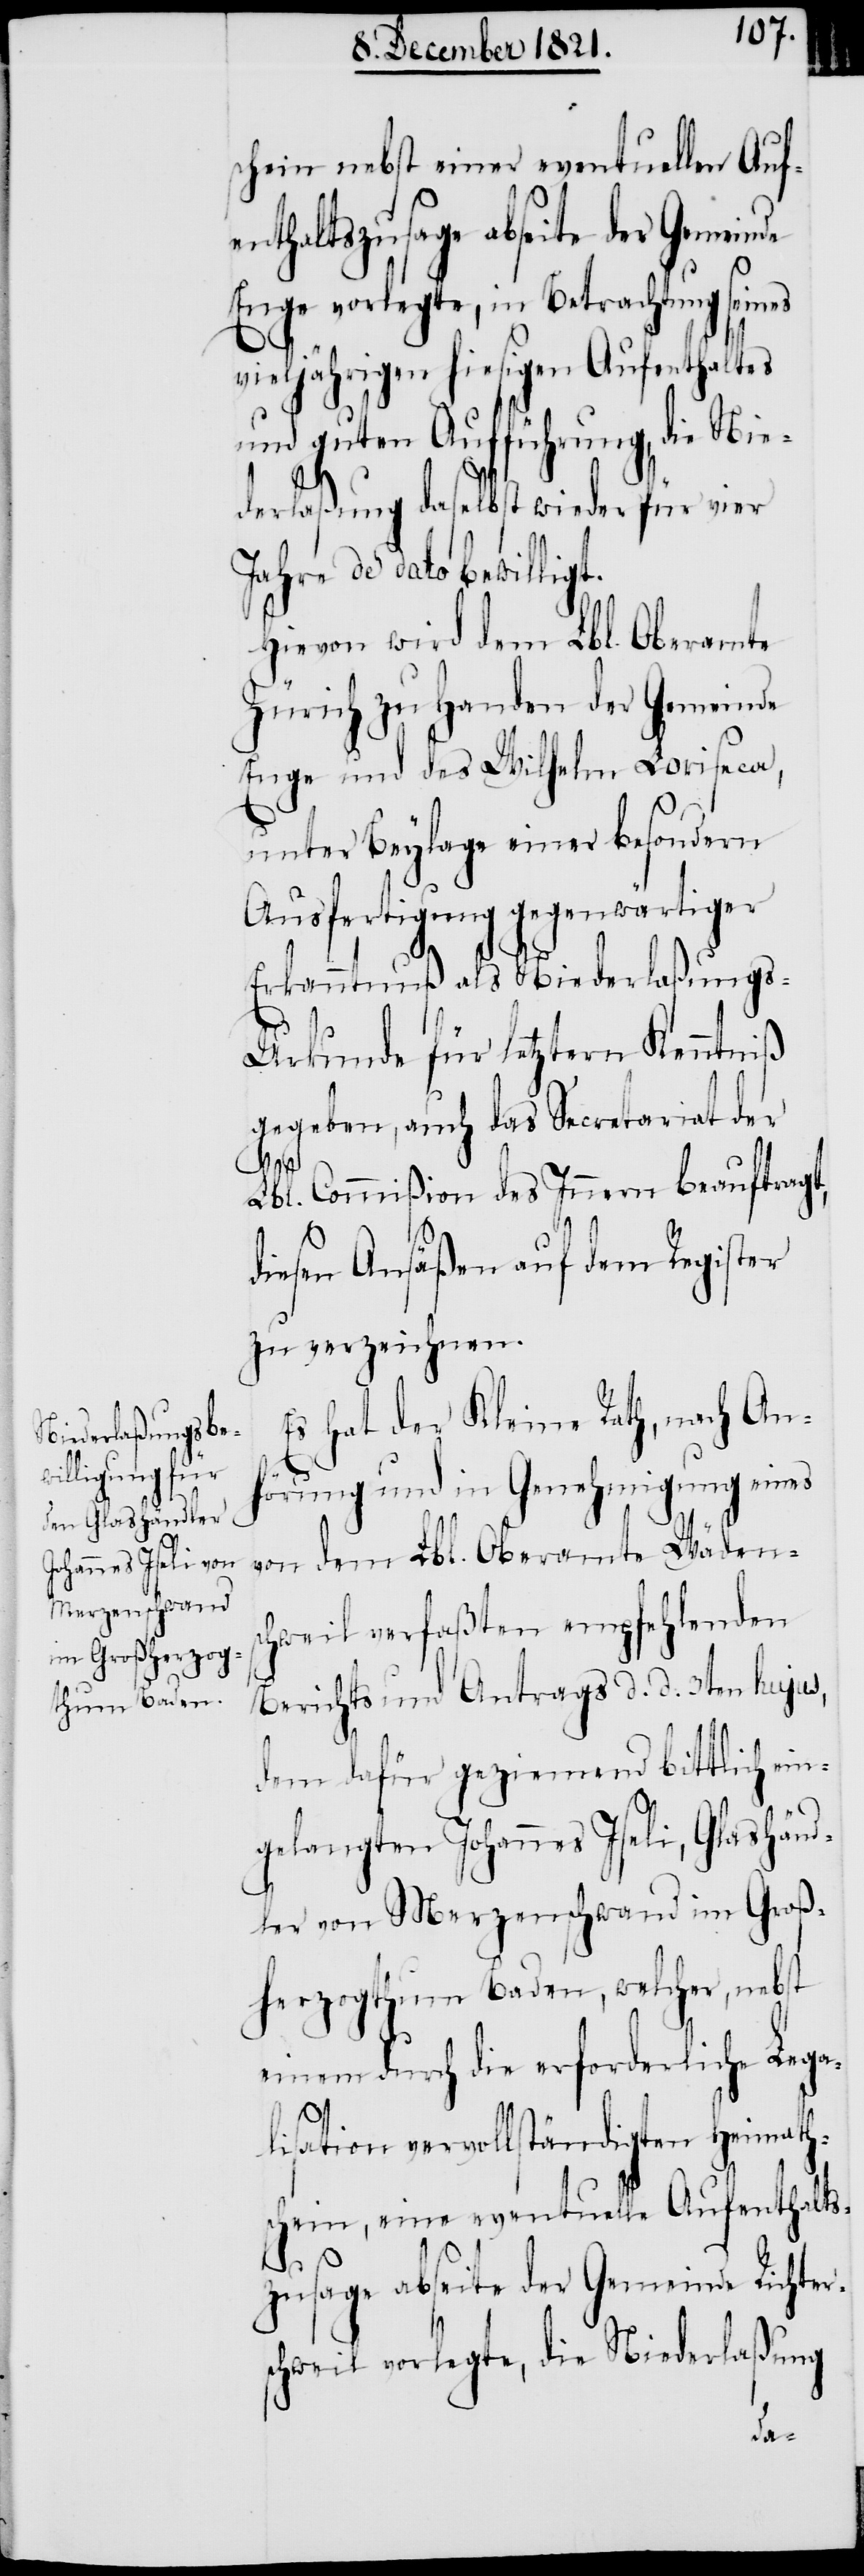
schein nebst einer eventuellen Auf¬
enthaltszusage abseite der Gemeinde
Enge vorlegte, in Betrachtung sein¬
vieljährigen hiesigen Aufenthaltes
und guten Aufführung, die Nie¬
derlaßung daselbst wieder für vier
Jahre de dato bewilligt.
Hievon wird dem Lbl. Oberamte
Zürich zu Handen der Gemeinde
Enge und des Wilhelm Loriseca,
unter Beylage einer besondern
Ausfertigung gegenwärtiger
Erkanntnuß als Niederlaßung¬
s-Urkunde für letztern Kenntniß
gegeben, auch das Secretariat der
es
Lbl. Commißion des Innern beauftragt,
diesen Ansäßen auf dem Register
zu verzeichnen.
Es hat der Kleine Rath, nach An¬
hörung und in Genehmigung eines
von dem Lbl. Oberamte Wädens¬
chweil verfaßten empfehlenden
Berichts und Antrags d. d. 3ten hujus,
dem dafür geziemend bittlich ein¬
gelangten Johannes Iseli, Glashänd¬
ler von Merzenschwand im Groß¬
herzogthum Baden, welcher, nebst
einem durch die erforderliche Lega¬
lisation vervollständigten Heimaths¬
chein, eine eventuelle Aufenthalts¬
zusage abseite der Gemeinde Richter¬
schweil vorlegte, die Niederlaßung